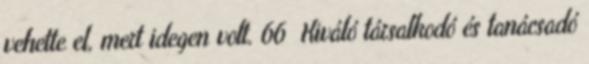
vehette el, mert idegen volt. 66 Kiváló társalkodó és tanácsadó